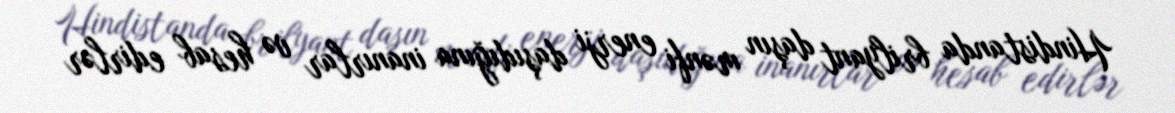
Hindistanda brilyant daşın mənfi enerji daşıdığına inanırlar və hesab edirlər